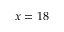
x = 1 8